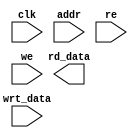
module DM(clk,addr,re,we,wrt_data,rd_data);

/////////////////////////////////////////////////////////
// Data memory.  Single ported, can read or write but //
// not both in a single cycle.  Precharge on clock   //
// high, read/write on clock low.                   //
/////////////////////////////////////////////////////
input clk;
input [15:0] addr;
input re;				// asserted when instruction read desired
input we;				// asserted when write desired
input [15:0] wrt_data;	// data to be written

output reg [15:0] rd_data;	//output of data memory

endmodule